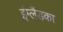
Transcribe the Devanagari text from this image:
इंग्लैंडका